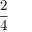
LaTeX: \frac { 2 } { 4 }